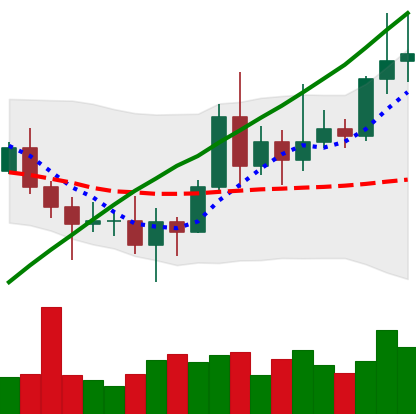
Ticker: XRP-USD
Chart end date: 2020-11-15
Forward return: 21.668%
Label: up_7plus